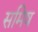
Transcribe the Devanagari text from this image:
समिष